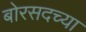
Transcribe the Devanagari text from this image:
बोरसदच्या